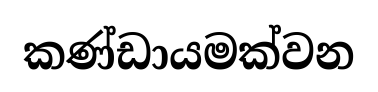
කණ්ඩායමක්වන